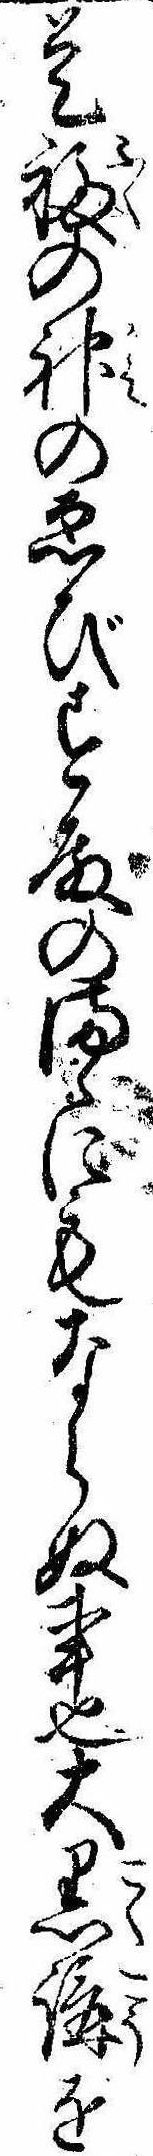
是福の神のゑびす殿のまゝにもならぬ事也大黒講を